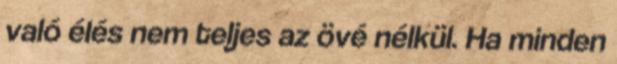
való élés nem teljes az övé nélkül. Ha minden